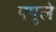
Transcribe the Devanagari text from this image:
पपुले